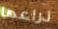
ذراعها